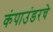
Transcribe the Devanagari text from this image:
कंपाउंडरचे